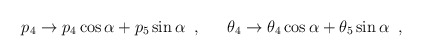
\begin{align*}p_4\rightarrow p_4 \cos{\alpha}+p_5\sin{\alpha} \;\; , \;\; \hspace{1em} \theta_4 \rightarrow \theta_4 \cos{\alpha}+\theta_5 \sin{\alpha} \;\; , \;\;\end{align*}